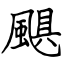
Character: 颶